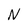
Character: N